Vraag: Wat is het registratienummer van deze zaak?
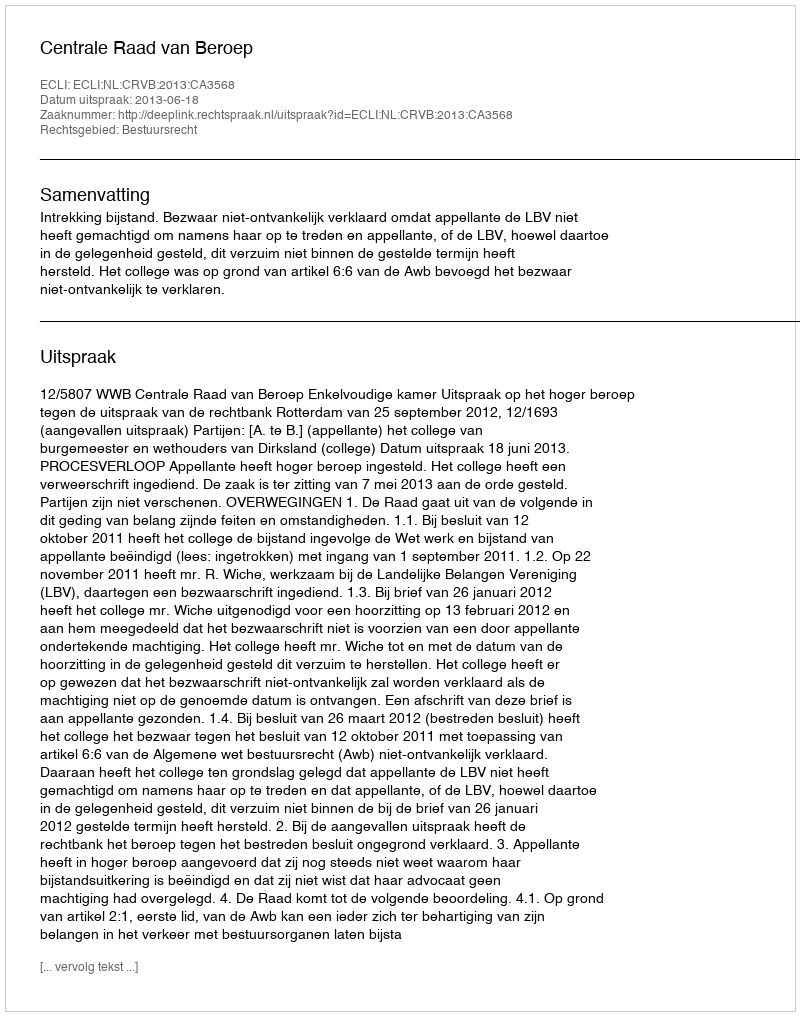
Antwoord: http://deeplink.rechtspraak.nl/uitspraak?id=ECLI:NL:CRVB:2013:CA3568